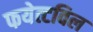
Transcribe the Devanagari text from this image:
फयेत्टविल